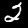
Label: 2